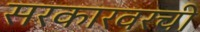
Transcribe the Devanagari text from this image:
सरकारवरची